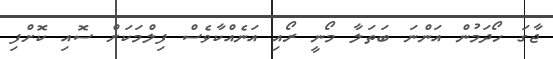
ޖާގަ ހޯދަމުން އަންނަ ބަތަލާ މޯނީ ރޯއި އަނެއްކާވެސް ފިލްމަކަށް ސޮއި ކޮށްފި